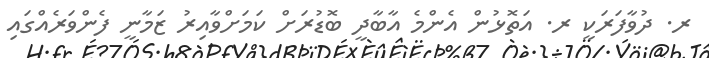
ރ. ދުވާފަރަކީ ރ. އަތޮޅުން އެންމެ އާބާދީ ބޮޑުރަށް ކަމަށްވާއިރު ޒަމާނީ ފެންވަރެއްގައި